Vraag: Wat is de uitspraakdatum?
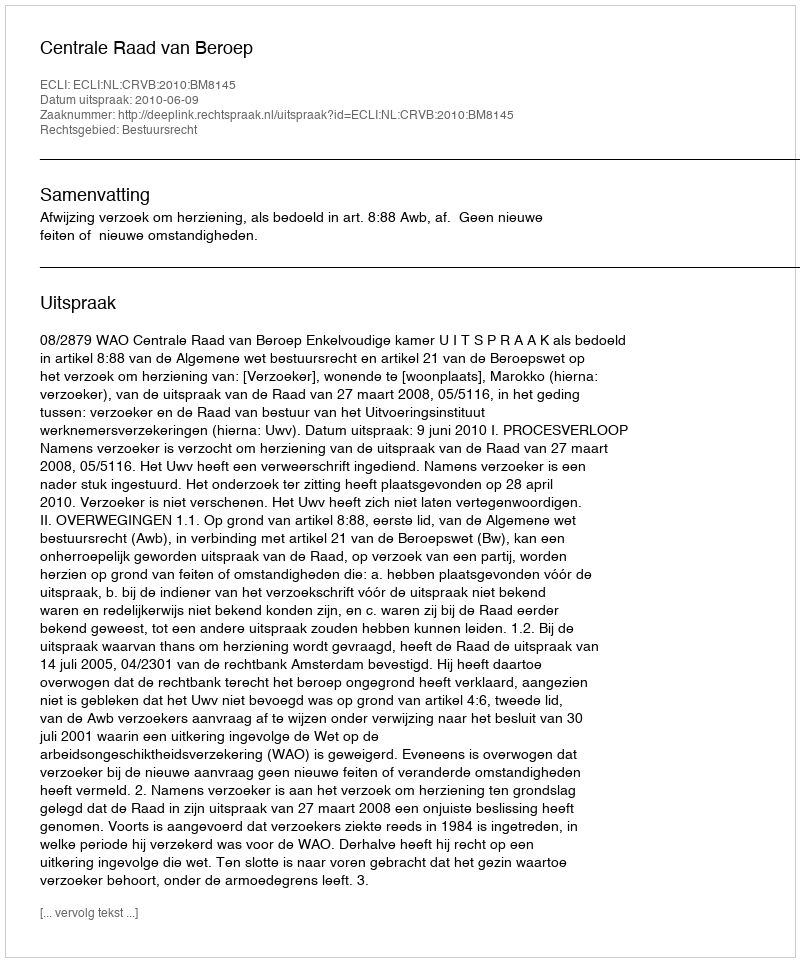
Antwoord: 2010-06-09